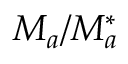
{ \cal M } _ { a } / { \cal M } _ { a } ^ { * }